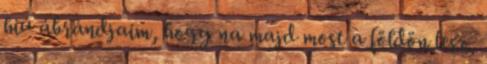
hiú ábrándjaim, hogy na majd most a földön lesz,